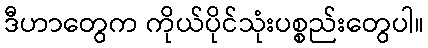
ဒီဟာတွေက ကိုယ်ပိုင်သုံးပစ္စည်းတွေပါ။